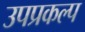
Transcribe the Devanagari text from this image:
उपप्रकल्प